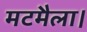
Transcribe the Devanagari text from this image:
मटमैला।